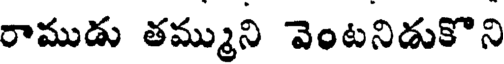
రాముడు తమ్ముని వెంటనిడుకొని